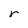
Character: r